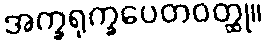
အက္ခရုက္ခပေတဝတ္ထု။